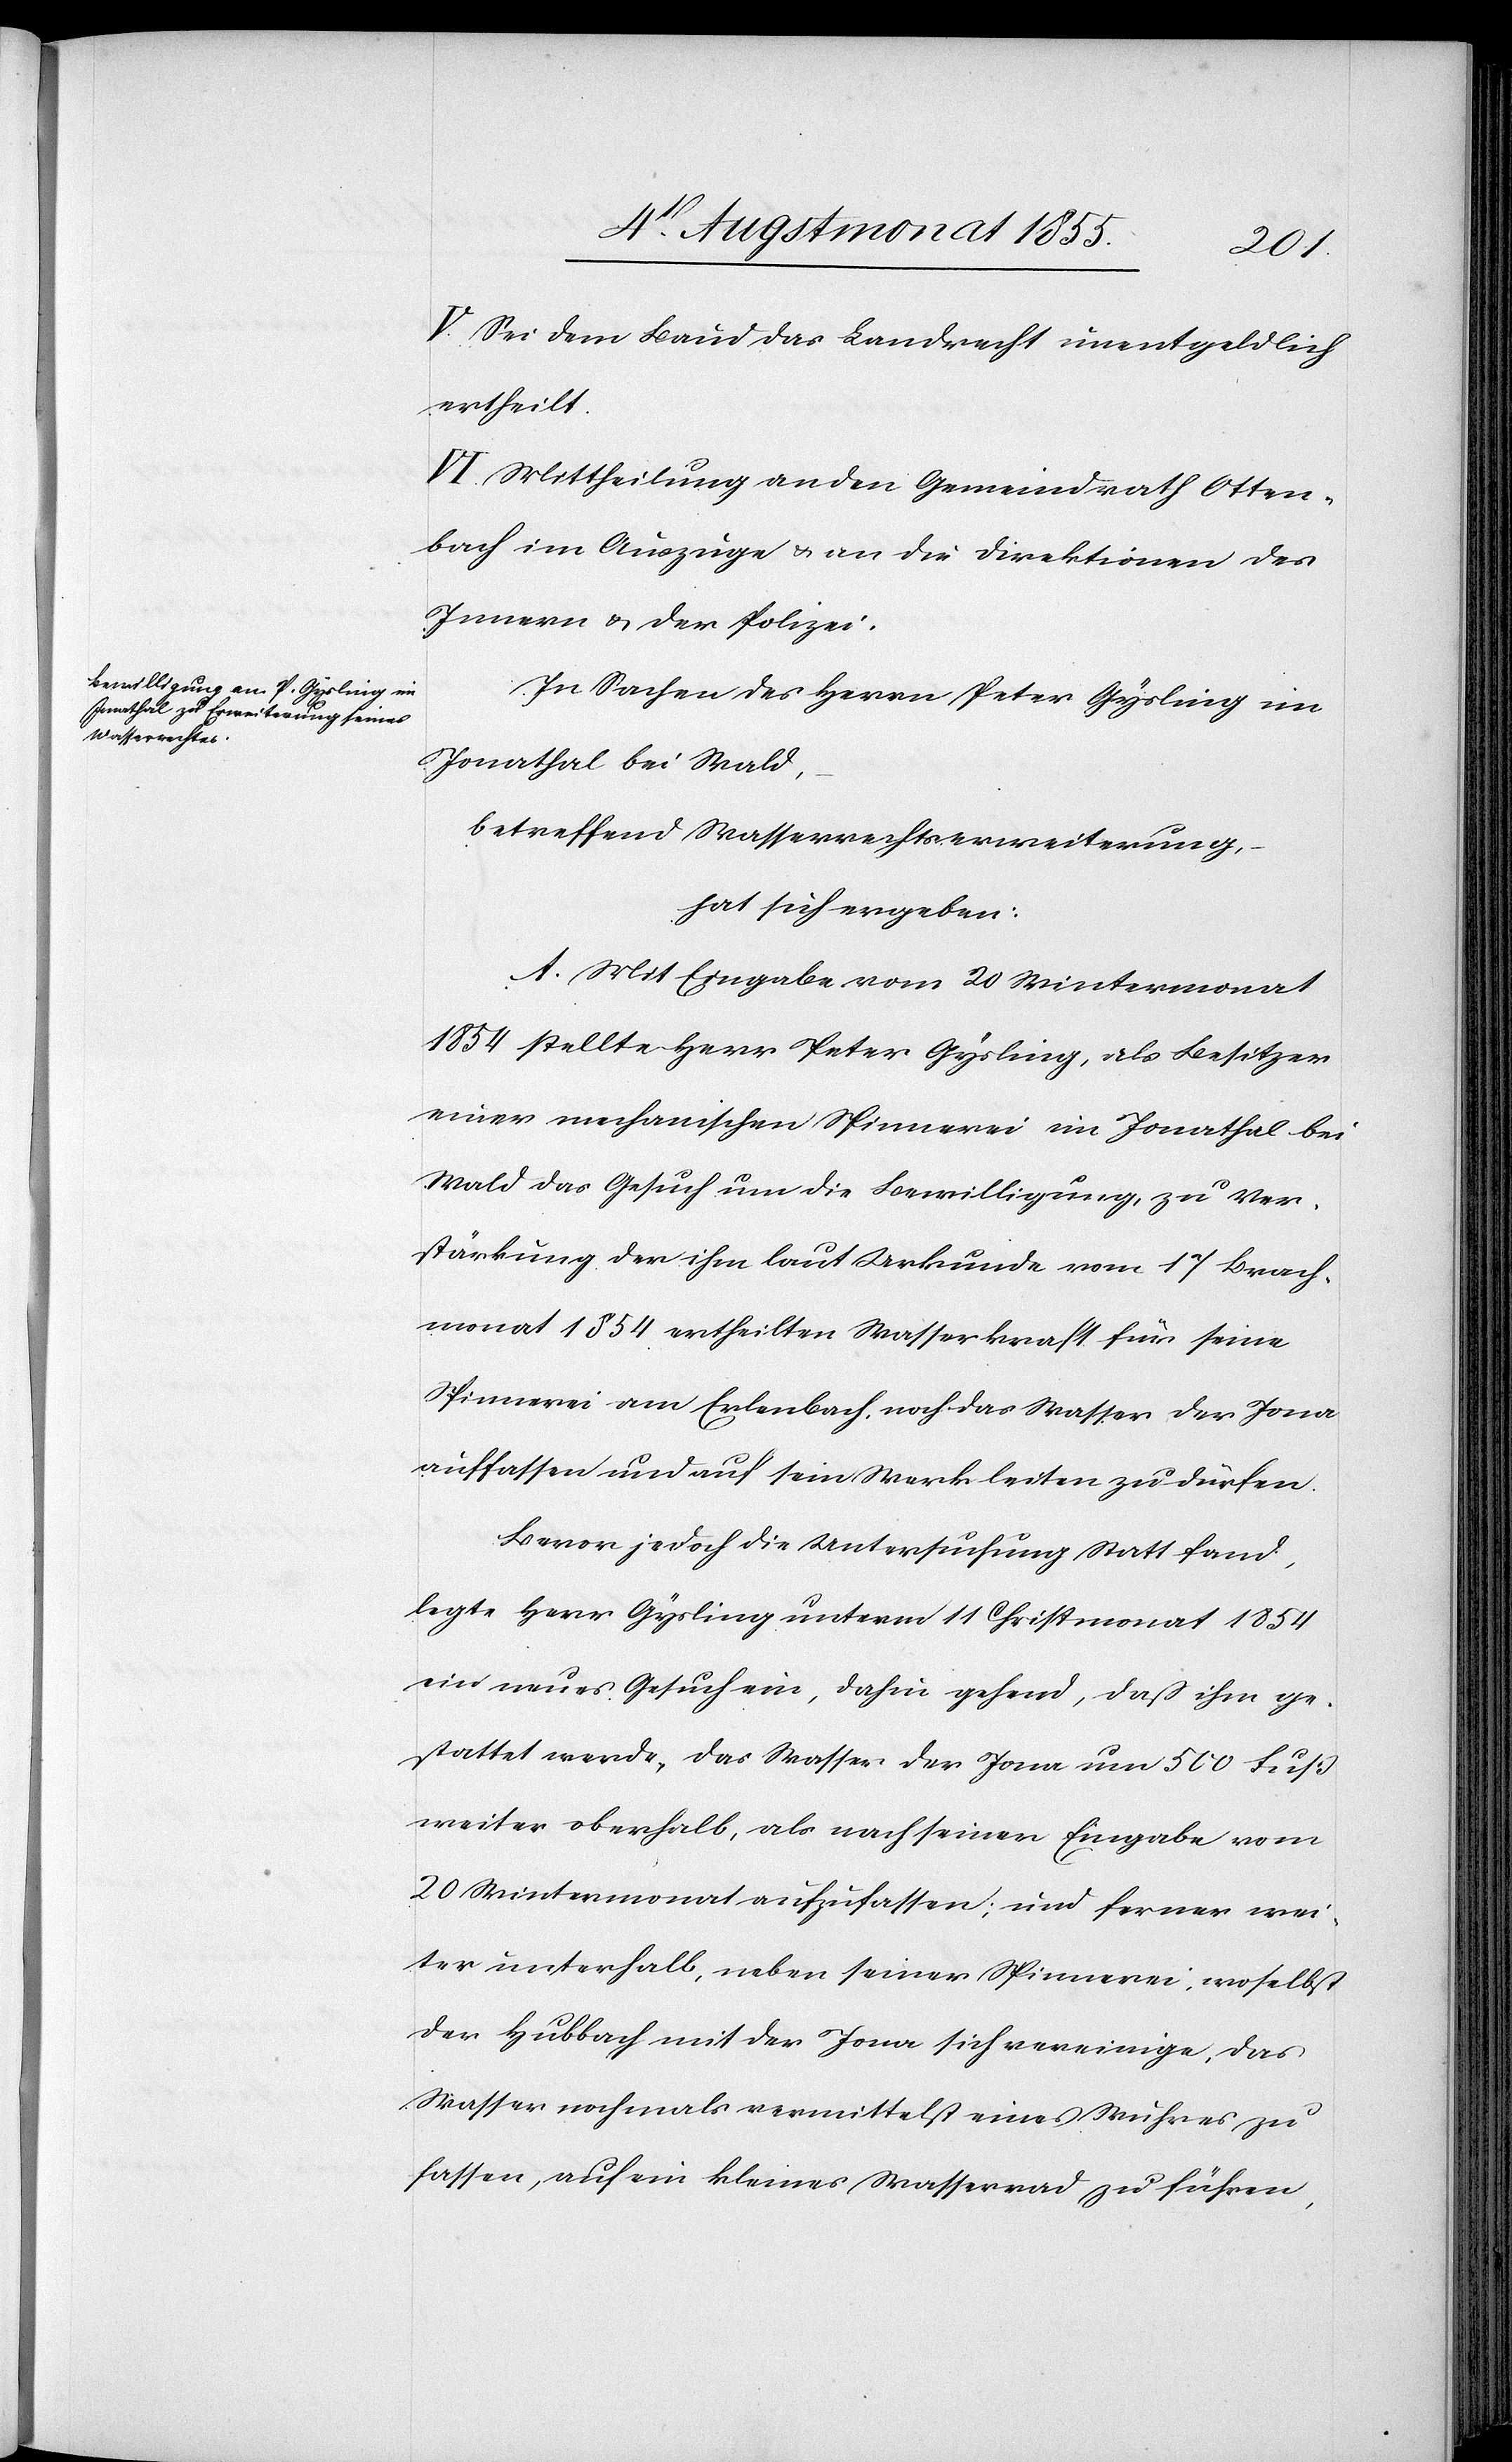
V. Sei dem Baud das Landrecht unentgeldlich
ertheilt.
VI. Mittheilung an den Gemeindrath Otten¬
bach im Auszuge & an die Direktionen des
Innern & der Polizei.
In Sachen des Herrn Peter Gysling im
Jonathal bei Wald,
betreffend Wasserrechtserweiterung,
hat sich ergeben:
A. Mit Eingabe vom 20 Wintermonat
1854 stellte Herr Peter Gysling, als Besitzer
einer mechanischen Spinnerei im Jonathal bei
Wald das Gesuch um die Bewilligung, zu Ver¬
stärkung der ihm laut Urkunde vom 17 Brach¬
monat 1854 ertheilten Wasserkraft für seine
Spinnerei am Erlenbach, noch das Wasser der Jona
auffassen und auf sein Werk leiten zu dürfen.
Bevor jedoch die Untersuchung Statt fand,
legte Herr Gysling unterm 11 Christmonat 1854
ein neues Gesuch ein, dahin gehend, daß ihm ge¬
stattet werde, das Wasser der Jona um 500 Fuß
weiter oberhalb, als nach seiner Eingabe vom
20 Wintermonat aufzufassen; und ferner wei¬
ter unterhalb, neben seiner Spinnerei, woselbst
der Hubbach mit der Jona sich vereinige, das
Wasser nochmals vermittelst eines Wuhres zu
fassen, auf ein kleines Wasserrad zu führen,